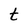
Character: t